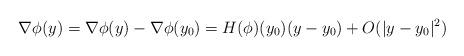
LaTeX: \begin{align*}\nabla \phi (y) = \nabla \phi (y) -\nabla \phi (y_0) = H( \phi )(y_0)(y-y_0) + O(|y-y_0|^2)\end{align*}